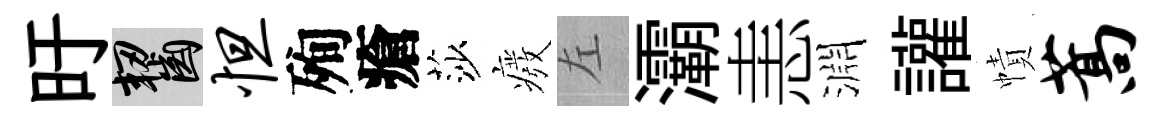
旴齧怛殉瘡莎癈左灞恚淵讙幘蒿